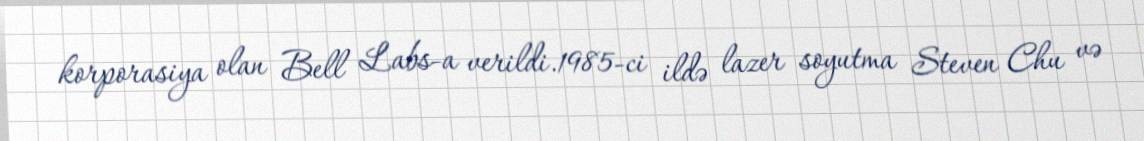
korporasiya olan Bell Labs-a verildi.1985-ci ildə lazer soyutma Steven Chu və